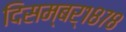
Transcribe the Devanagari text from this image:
दिसम्बर्१८७८